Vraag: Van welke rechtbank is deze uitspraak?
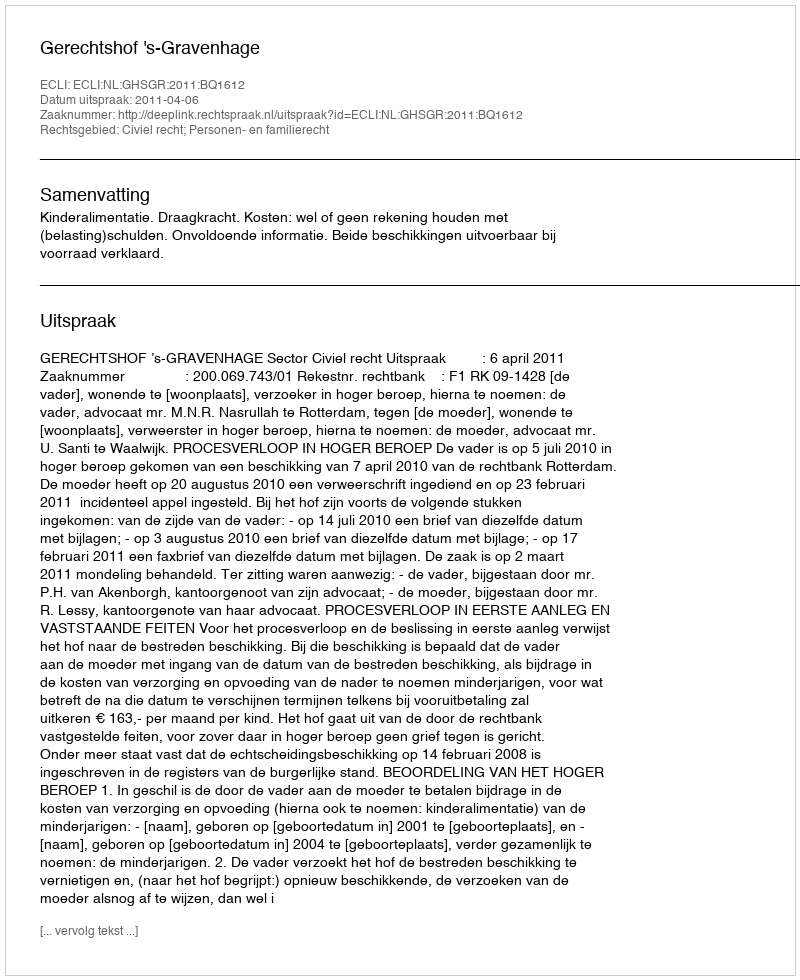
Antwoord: Gerechtshof 's-Gravenhage